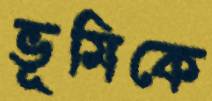
ভূমিকে